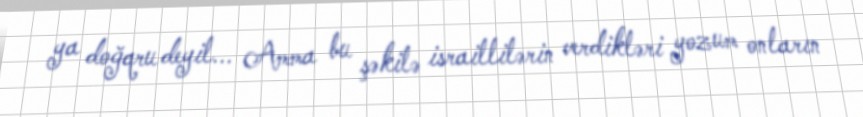
ya doğqru deyil... Amma bu şəkilə israillilərin verdikləri yozum onların